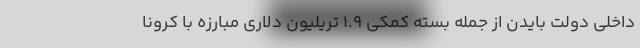
داخلی دولت بایدن از جمله بسته کمکی 1.9 تریلیون دلاری مبارزه با کرونا